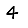
Digit: 4